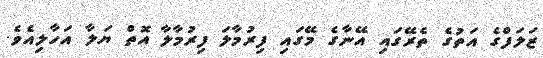
ޒަލަފްގެ އަތުގެ ތެރޭގައި އޭނާގެ މޭގައި ފިރުމާލަ ފިރުމާލާ އޮތް ޔަލާ އަހާލިއެވެ.